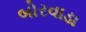
બોરવાડા